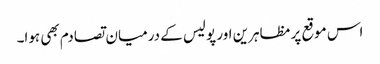
اس موقع پر مظاہرین اور پولیس کے درمیان تصادم بھی ہوا۔